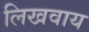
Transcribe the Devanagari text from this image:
लिखवाय